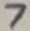
Text: 7